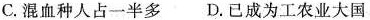
C.混血种人占一半多 D.已成为工农业大国